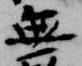
無